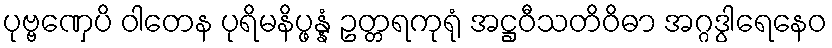
ပုဗ္ဗဏှေပိ ဝါတေန ပုရိမနိပ္ဖန္နံ ဥတ္တရကုရုံ အဋ္ဌဝီသတိဝိဓာ အဂ္ဂဒွါရေနေဝ